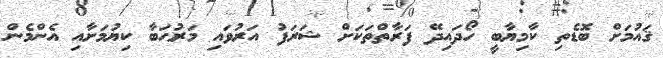
ޤައުމަށް ބޮޑެތި ކާމިޔާބީ ހޯދައިދޭ ފަރާތްތަކަށް ޝަރަފު އަރުވައި މަރުޙަބާ ކިޔުމަށާއި އެންމެން